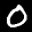
Label: 0